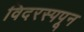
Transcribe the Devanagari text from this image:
विदरस्पपून